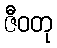
ဇီဝတု